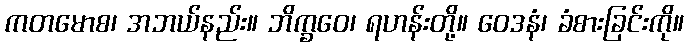
ကတမောစ၊ အဘယ်နည်း။ ဘိက္ခဝေ၊ ရဟန်းတို့။ ဝေဒနံ၊ ခံစားခြင်းကို။